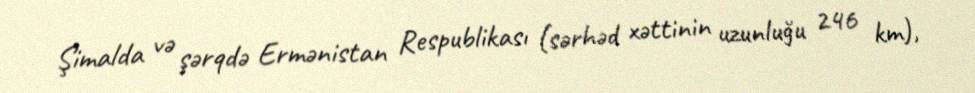
Şimalda və şərqdə Ermənistan Respublikası (sərhəd xəttinin uzunluğu 246 km),